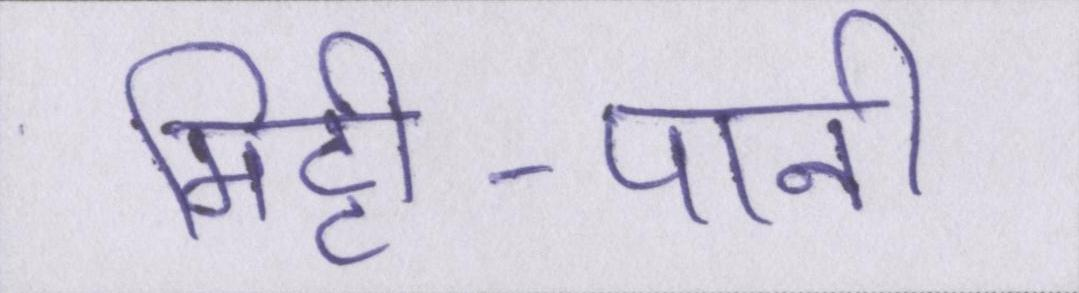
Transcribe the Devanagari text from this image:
मिट्टी-पानी